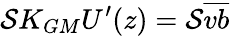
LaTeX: {\cal S}K_{GM}U^{\prime}(z)={\cal S}\overline{{vb}}